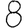
Digit: 8